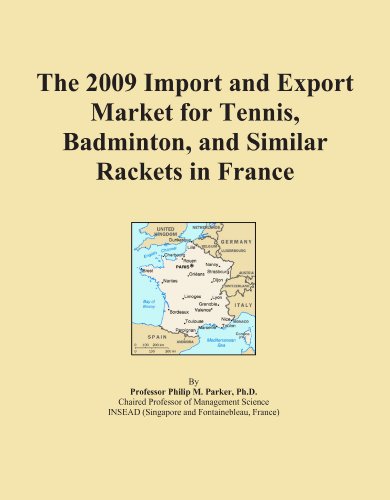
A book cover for The 2009 Import and Export Market for Tennis, Badminton, and Similar Rackets in France; Icon Group International; Sports & Outdoors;